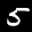
Label: 5